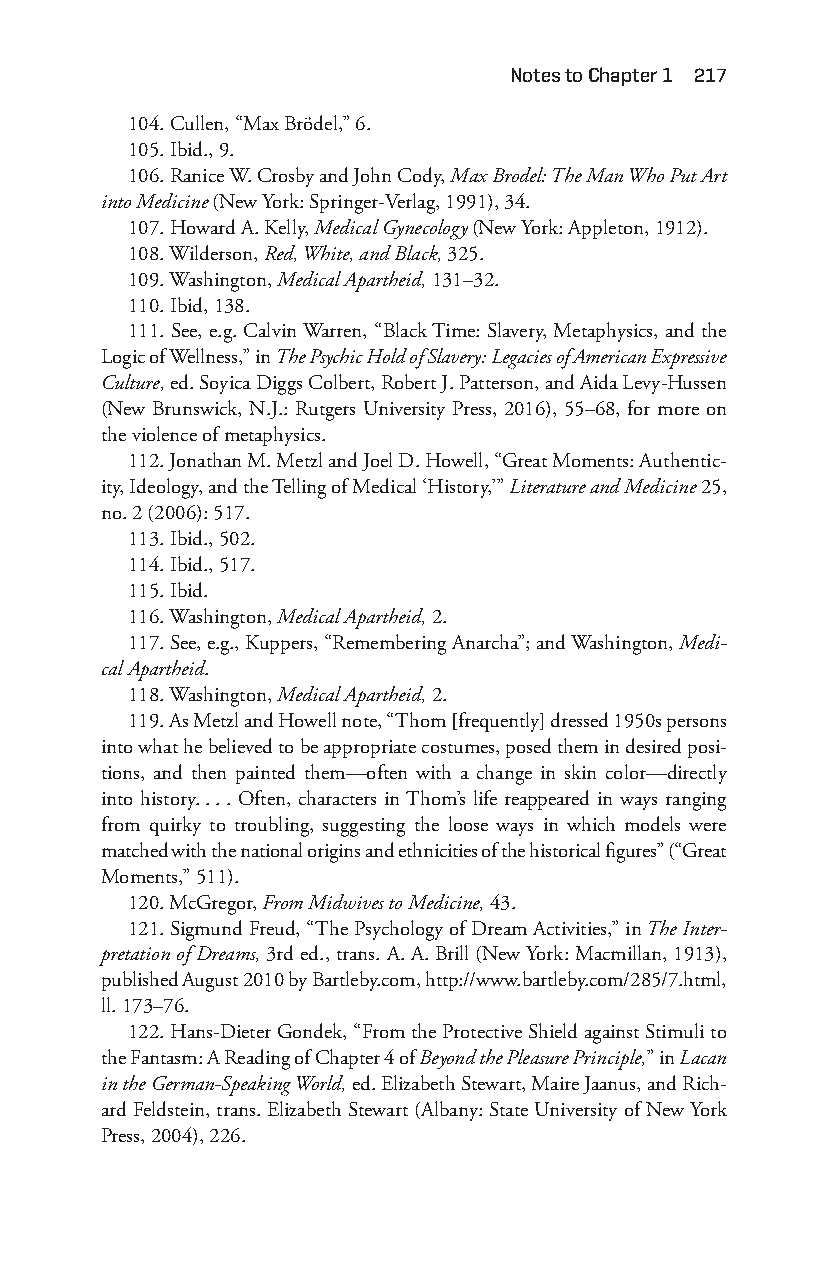
notes to chapter 1 217
 104. Cullen, “Max Brödel,” 6.
 105. Ibid., 9.
 106. Ranice W. Crosby and John Cody, Max Brodel: The Man Who Put Art
 into Medicine (New York: Springer- Verlag, 1991), 34.
 107. Howard A. Kelly, Medical Gynecology (New York: Appleton, 1912).
 108. Wilderson, Red, White, and Black, 325.
 109. Washington, Medical Apartheid, 131– 32.
 110. Ibid, 138.
 111. See, e.g. Calvin Warren, “Black Time: Slavery, Metaphysics, and the
 Logic of Wellness,” in The Psychic Hold of Slavery: Legacies of American Expressive
 Culture, ed. Soyica Diggs Colbert, Robert J. Patterson, and Aida Levy-H ussen
 (New Brunswick, N.J.: Rutgers University Press, 2016), 55– 68, for more on
 the violence of metaphysics.
 112. Jonathan M. Metzl and Joel D. Howell, “Great Moments: Authentic-
 ity, Ideology, and the Telling of Medical ‘History,’” Literature and Medicine 25,
 no. 2 (2006): 517.
 113. Ibid., 502.
 114. Ibid., 517.
 115. Ibid.
 116. Washington, Medical Apartheid, 2.
 117. See, e.g., Kuppers, “Remembering Anarcha”; and Washington, Medi-
 cal Apartheid.
 118. Washington, Medical Apartheid, 2.
 119. As Metzl and Howell note, “Thom [frequently] dressed 1950s persons
 into what he believed to be appropriate costumes, posed them in desired posi-
 tions, and then painted them— often with a change in skin color— directly
 into history. . . . Often, characters in Thom’s life reappeared in ways ranging
 from quirky to troubling, suggesting the loose ways in which models were
 matched with the national origins and ethnicities of the historical figures” (“Great
 Moments,” 511).
 120. McGregor, From Midwives to Medicine, 43.
 121. Sigmund Freud, “The Psychology of Dream Activities,” in The Inter-
 pretation of Dreams, 3rd ed., trans. A. A. Brill (New York: Macmillan, 1913),
 published August 2010 by Bartleby.com, http://www.bartleby.com/285/7.html,
 ll. 173– 76.
 122. Hans- Dieter Gondek, “From the Protective Shield against Stimuli to
 the Fantasm: A Reading of Chapter 4 of Beyond the Pleasure Principle,” in Lacan
 in the German-S peaking World, ed. Elizabeth Stewart, Maire Jaanus, and Rich-
 ard Feldstein, trans. Elizabeth Stewart (Albany: State University of New York
 Press, 2004), 226.
 Snorton.indd 217                            29/09/2017 8:41:11 AM